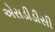
એસડીડીસી